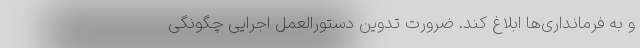
و به فرمانداری‌ها ابلاغ کند. ضرورت تدوین دستورالعمل اجرایی چگونگی